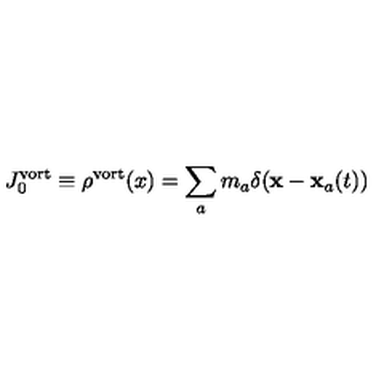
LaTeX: J _ { 0 } ^ { \mathrm { v o r t } } \equiv \rho ^ { \mathrm { v o r t } } ( x ) = \sum _ { a } m _ { a } \delta ( { \bf x - x } _ { a } ( t ) )